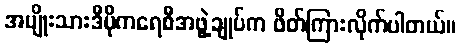
အမျိုးသားဒီမိုကရေစီအဖွဲ့ချုပ်က ဖိတ်ကြားလိုက်ပါတယ်။